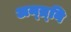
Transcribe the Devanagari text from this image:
अम्य्र्नि